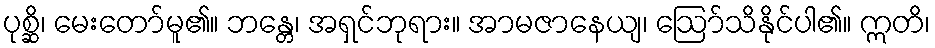
ပုစ္ဆိ၊ မေးတော်မူ၏။ ဘန္တေ၊ အရှင်ဘုရား။ အာမဇာနေယျ၊ ဩော်သိနိုင်ပါ၏။ ဣတိ၊